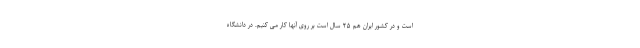
است و در کشور ایران هم ۲۵ سال است بر روی آنها کار می کنیم. در دانشگاه